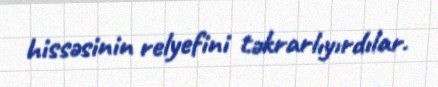
hissəsinin relyefini təkrarlıyırdılar.